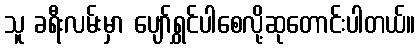
သူ ခရီးလမ်းမှာ ပျော်ရွှင်ပါစေလို့ဆုတောင်းပါတယ်။